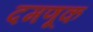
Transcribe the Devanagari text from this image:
दमणूक